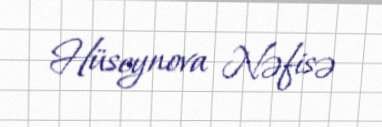
Hüseynova Nəfisə